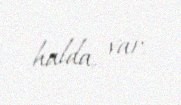
halda, var.